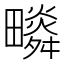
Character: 𤳩